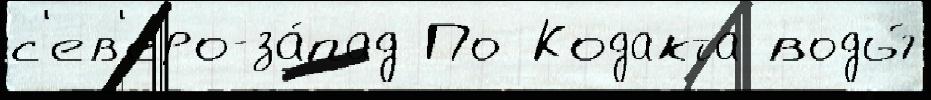
с'ев'еро-за́пад По Кодакта воды́